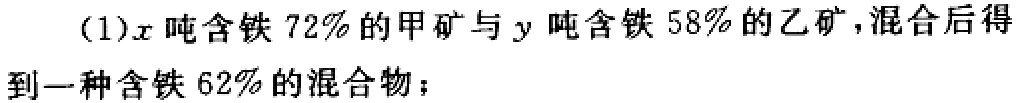
(1)\(x\)吨含铁\(72\%\)的甲矿与\(y\)吨含铁\(58\%\)的乙矿，混合后得到一种含铁\(62\%\)的混合物；